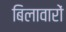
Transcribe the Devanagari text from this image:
बिलावारों